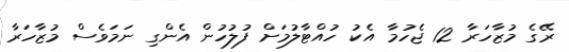
ރޭގެ މުޒާހަރާ 12 ޖެހުމާ އެކު ހުއްޓާލުމަށް ފުލުހުން އެންގި ނަމަވެސް މުޒާހަރާ